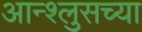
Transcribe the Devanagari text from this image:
आन्श्लुसच्या